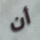
أن